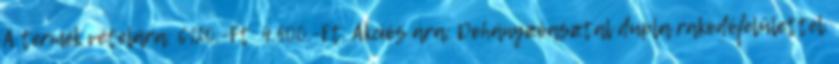
A termék vételára: 6120.-Ft 4.500.-Ft. Akciós ára: Dohányzóasztal dupla rakodófelülettel.